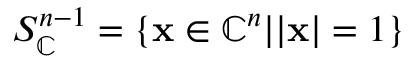
S _ { \mathbb { C } } ^ { n - 1 } = \{ { \bf x } \in \mathbb { C } ^ { n } | | { \bf x } | = 1 \}